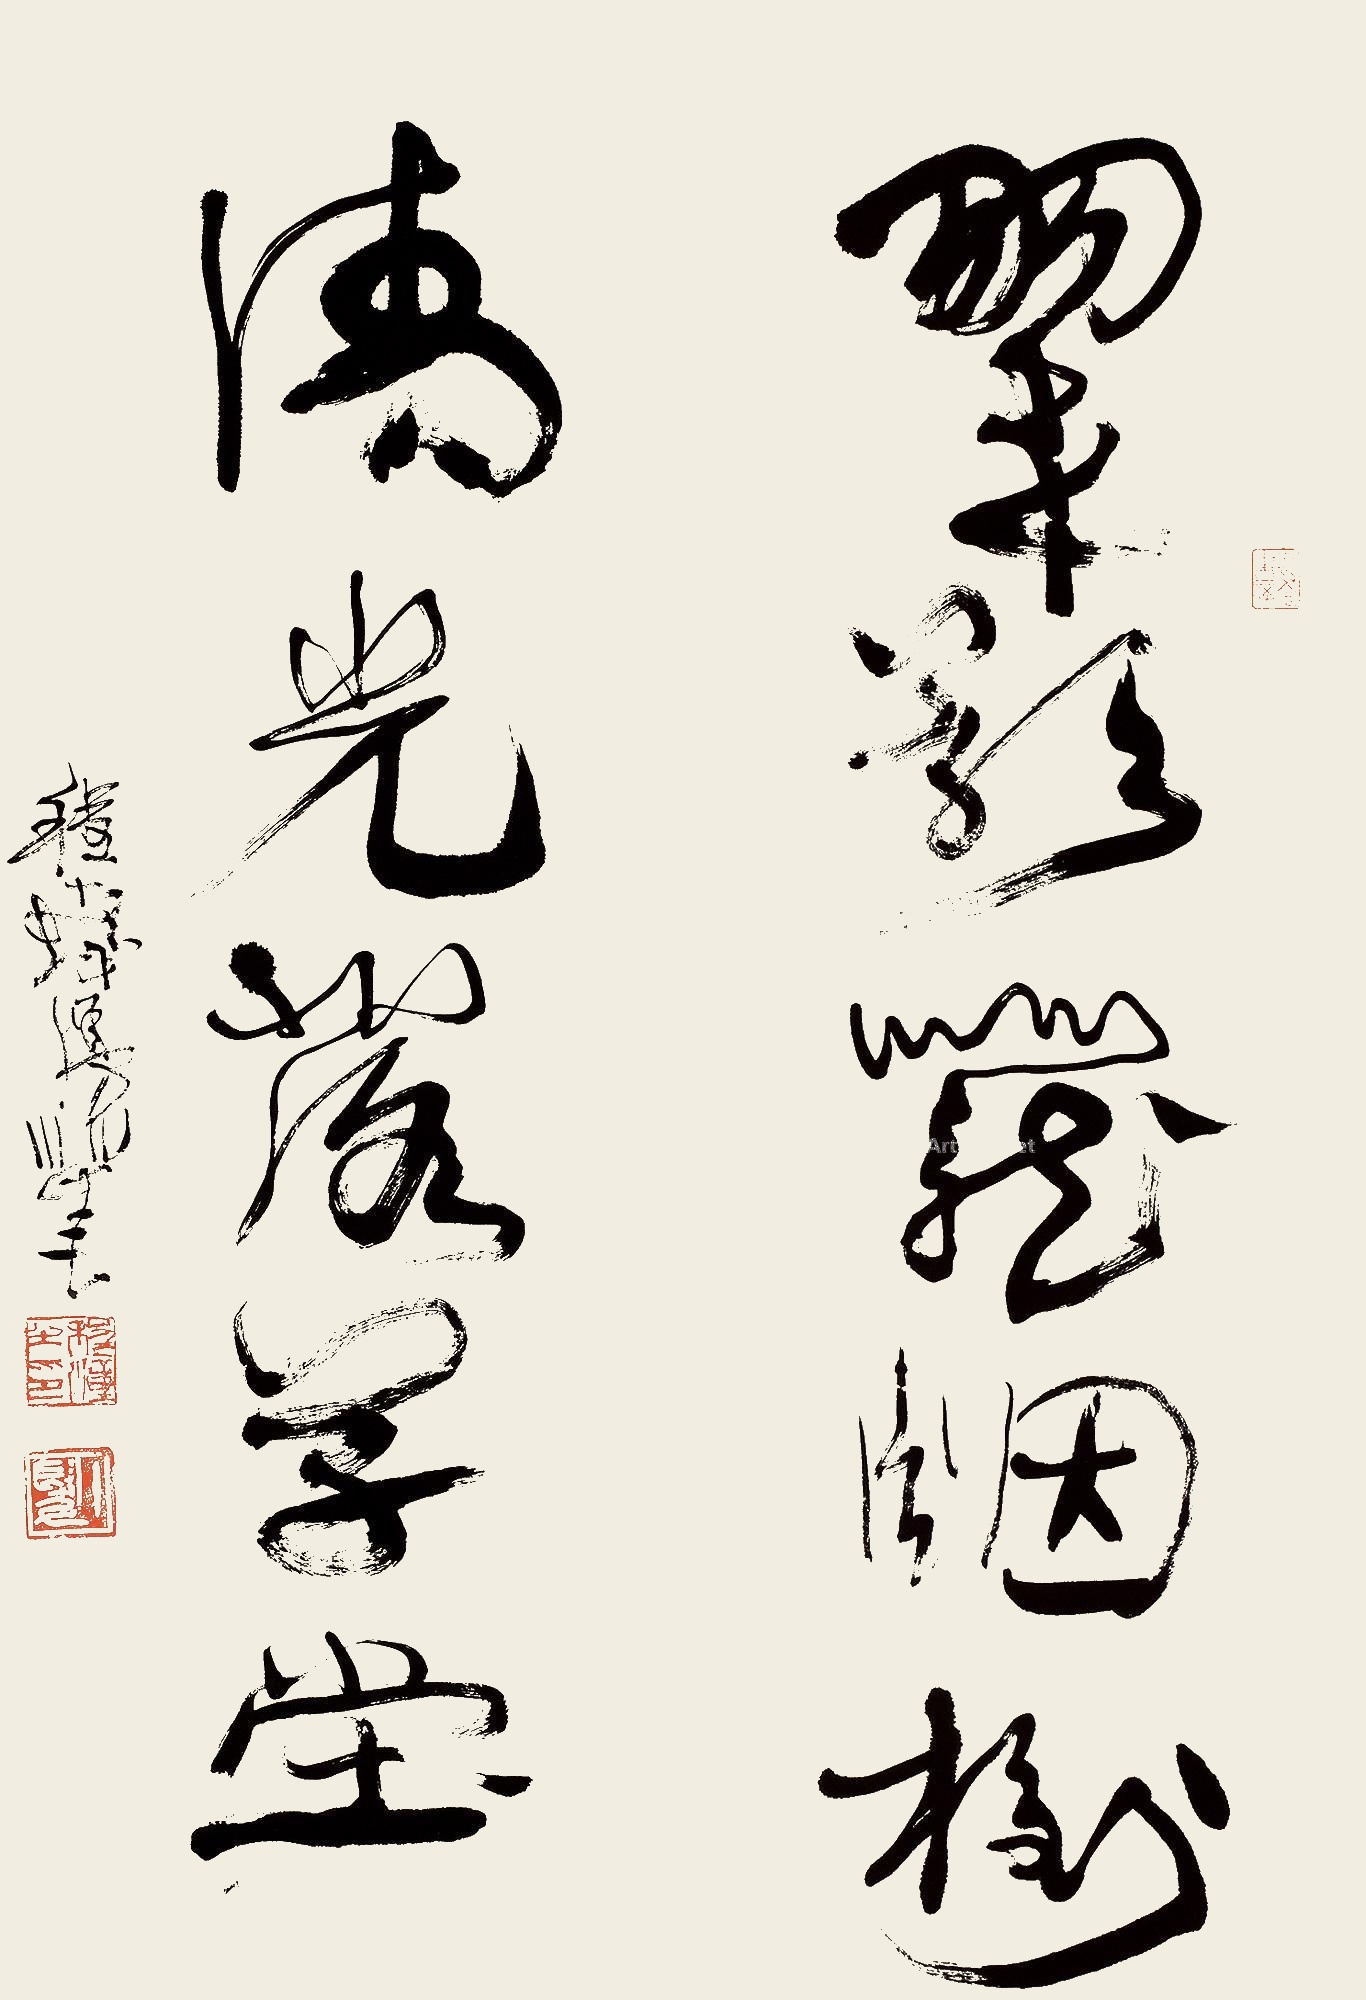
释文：翠影笼烟村。清光落学堂。程十发漫笔。